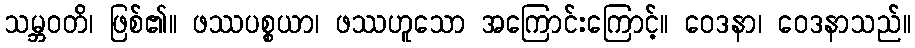
သမ္ဘဝတိ၊ ဖြစ်၏။ ဖဿပစ္စယာ၊ ဖဿဟူသော အကြောင်းကြောင့်။ ဝေဒနာ၊ ဝေဒနာသည်။